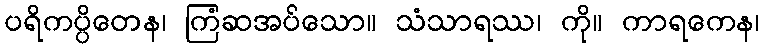
ပရိကပ္ပိတေန၊ ကြံဆအပ်သော။ သံသာရဿ၊ ကို။ ကာရကေန၊